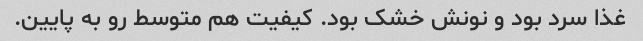
غذا سرد بود و نونش خشک بود. کیفیت هم متوسط رو به پایین.